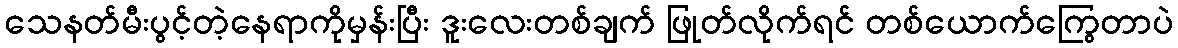
သေနတ်မီးပွင့်တဲ့နေရာကိုမှန်းပြီး ဒူးလေးတစ်ချက် ဖြုတ်လိုက်ရင် တစ်ယောက်ကြွေတာပဲ